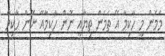
މަމެން މީ ހާކިމާ އޭ ތަމެން ތިޔާއީ ނޮން ހާކިމާއޭ ނޮން ހާކިމާ